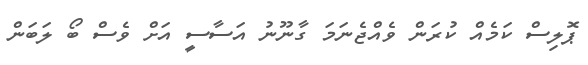
ޕޮލިސް ކަމެއް ކުރަން ވެއްޖެނަމަ ގާނޫނު އަސާސީ އަށް ވެސް ބޯ ލަބަން